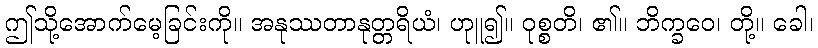
ဤသို့အောက်မေ့ခြင်းကို။ အနုဿတာနုတ္တရိယံ၊ ဟုူ၍။ ဝုစ္စတိ၊ ၏။ ဘိက္ခဝေ၊ တို့။ ခေါ၊